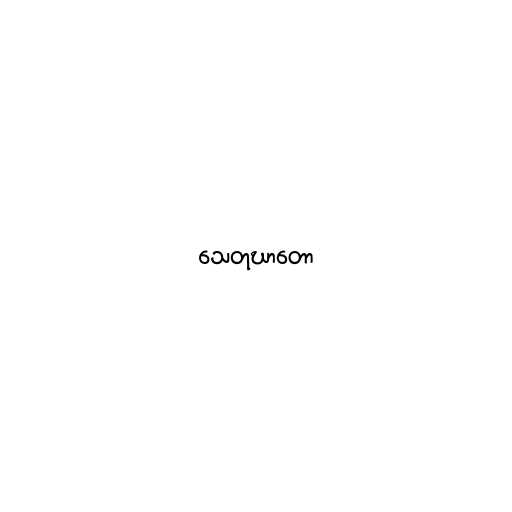
သေတုဃာတော